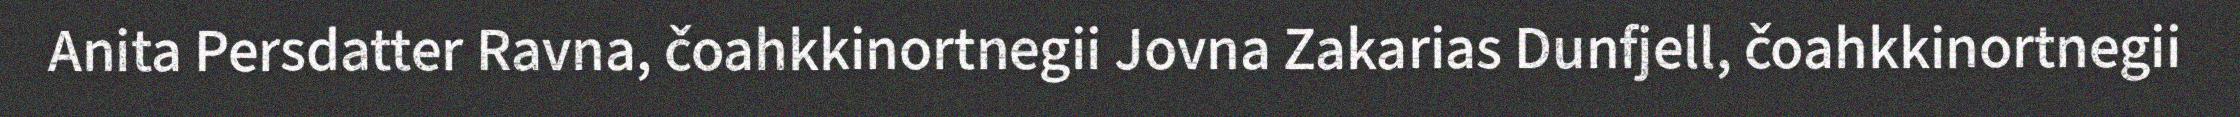
Anita Persdatter Ravna, čoahkkinortnegii Jovna Zakarias Dunfjell, čoahkkinortnegii